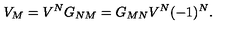
V _ { M } = V ^ { N } G _ { N M } = G _ { M N } V ^ { N } ( - 1 ) ^ { N } .